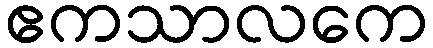
ဧကသာလကေ